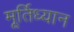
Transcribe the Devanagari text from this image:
मूर्तिध्यान